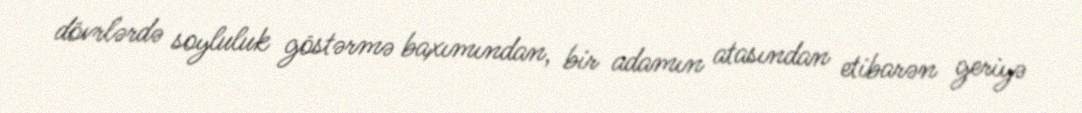
dövrlərdə soyluluk göstərmə baxımından, bir adamın atasından etibarən geriyə